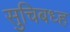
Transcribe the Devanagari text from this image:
सुचिबध्ह